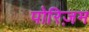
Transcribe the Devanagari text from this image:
पोरिज़म